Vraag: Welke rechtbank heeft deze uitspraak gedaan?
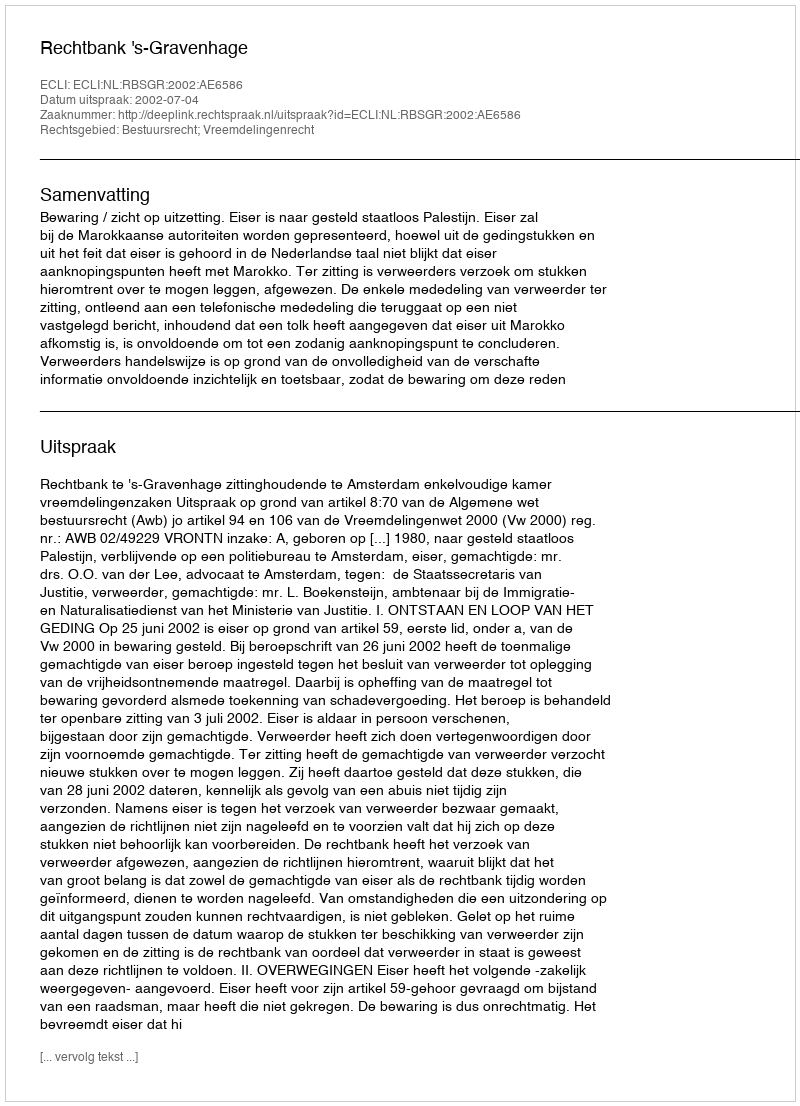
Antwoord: Rechtbank 's-Gravenhage